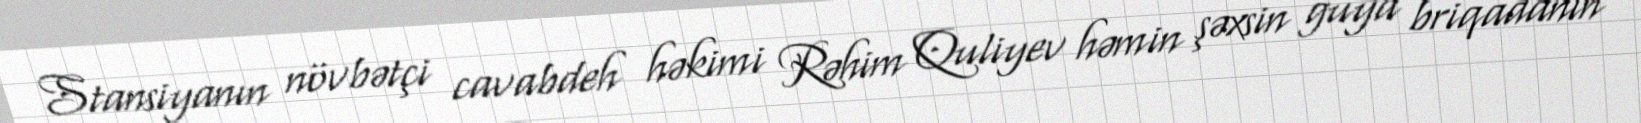
Stansiyanın növbətçi cavabdeh həkimi Rəhim Quliyev həmin şəxsin guya briqadanın